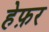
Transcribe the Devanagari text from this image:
हेफ़र